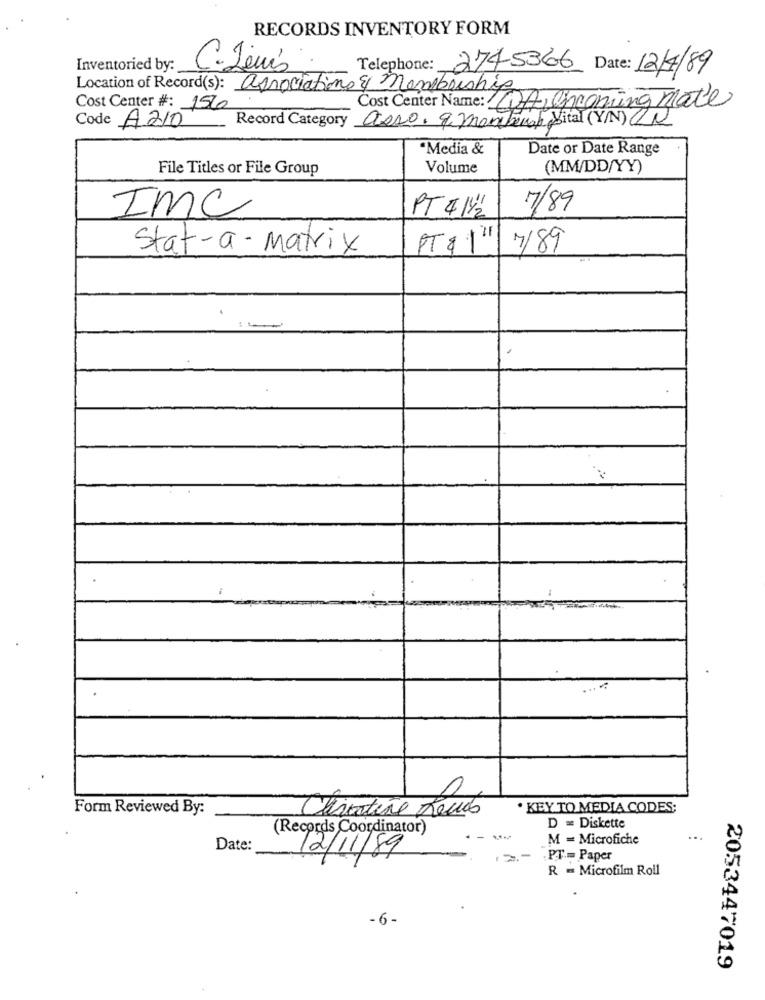
RECORDS INVENTORY FORM
Inventoried by:
C. Jevis
Telephone: 2745366 Date: 12/4/89
Location of Record(s): associations & membriship
Cost Center #: 156
Cost Center Name: CA Oncoming mate
Record Category asso. 9 mantenap ital (Y/N) UN
Code A210
"Media &
Date or Date Range
File Titles or File Group
Volume
(MM/DD/YY)
PT 4 1/2
7/89
IMC
IT & 1"
Stat-a-Matrix
7/89
-
Form Reviewed By:
Circatine Le
· KEY TO MEDIA CODES;
(Records Coordinator)
D = Diskette
--
M = Microfiche
...
Date:
.PT .= Paper
R = Microfilm Roll
- 6 -
2053447019